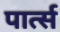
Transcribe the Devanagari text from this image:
पार्त्स